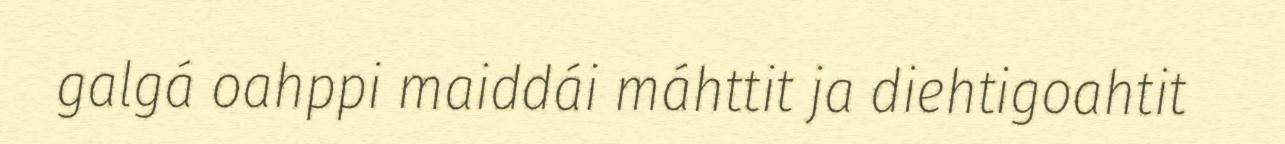
galgá oahppi maiddái máhttit ja diehtigoahtit